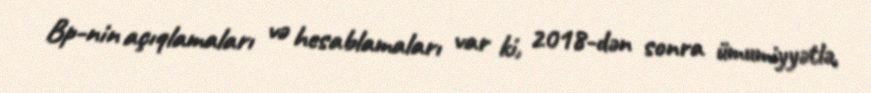
Bp-nin açıqlamaları və hesablamaları var ki, 2018-dən sonra ümumiyyətlə,